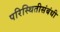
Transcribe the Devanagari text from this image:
परिस्थितीसंबंधी